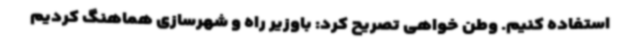
استفاده کنیم. وطن خواهی تصریح کرد: باوزیر راه و شهرسازی هماهنگ کردیم